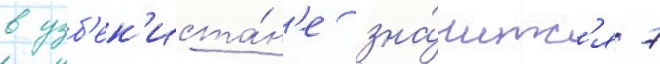
в узб'ек'иста́н'е зна́читс'я 7